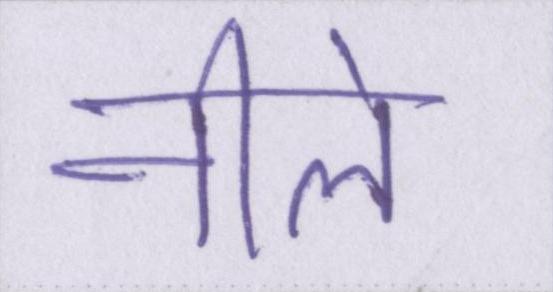
नीले